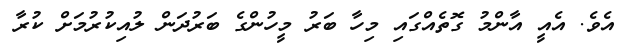
އެވެ. އެއީ އާންމު ގޮތެއްގައި މިހާ ބަރު މީހުންގެ ބަރުދަން ލުއިކުރުމަށް ކުރާ